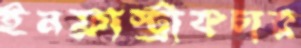
ইনফ্রাস্ট্রাকচার